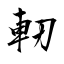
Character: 軔